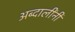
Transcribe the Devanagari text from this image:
अब्दालींनी